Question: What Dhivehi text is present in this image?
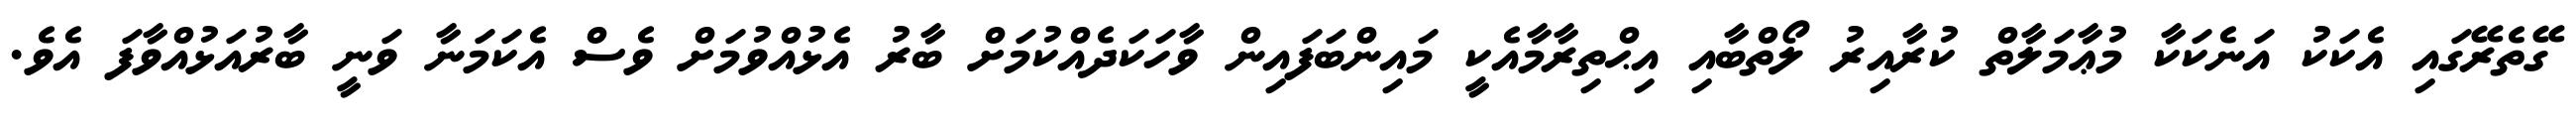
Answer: ގޭތެރޭގައި އެކަކު އަނެކަކާ މުޢާމަލާތް ކުރާއިރު ލޯތްބާއި އިޙްތިރާމާއެކީ މައިންބަފައިން ވާހަކަދެއްކުމަށް ބާރު އެޅުއްވުމަށް ވެސް އެކަމަނާ ވަނީ ބާރުއަޅުއްވާފަ އެވެ.